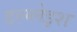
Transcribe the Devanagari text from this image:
डल्ग्लेइश